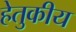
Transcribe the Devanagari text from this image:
हेतुकीय